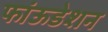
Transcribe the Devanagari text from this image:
फांऊडेशन